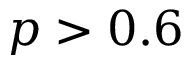
p > 0 . 6